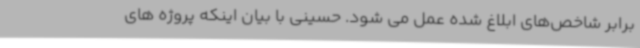
برابر شاخص‌های ابلاغ شده عمل می شود. حسینی با بیان اینکه پروژه های